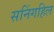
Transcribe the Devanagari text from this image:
सनिंगहिल